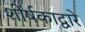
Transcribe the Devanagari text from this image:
शीर्षकाद्वारे